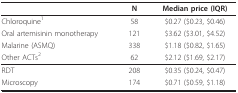
<table><thead><tr><td></td><td><b>N</b></td><td><b>Median price (IQR)</b></td></tr></thead><tbody><tr><td>Chloroquine<sup>1</sup></td><td>58</td><td>$0.27 ($0.23, $0.46)</td></tr><tr><td>Oral artemisinin monotherapy</td><td>121</td><td>$3.62 ($3.01, $4.52)</td></tr><tr><td>Malarine (ASMQ)</td><td>338</td><td>$1.18 ($0.82, $1.65)</td></tr><tr><td>Other ACTs<sup>2</sup></td><td>62</td><td>$2.12 ($1.69, $2.17)</td></tr><tr><td>RDT</td><td>208</td><td>$0.35 ($0.24, $0.47)</td></tr><tr><td>Microscopy</td><td>174</td><td>$0.71 ($0.59, $1.18)</td></tr></tbody></table>